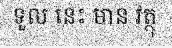
ទួល នេះ មាន វត្ថុ